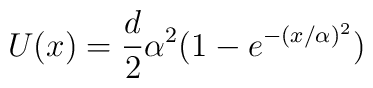
U(x) = {d\over 2} \alpha^2 (1-e^{-(x/\alpha)^2})